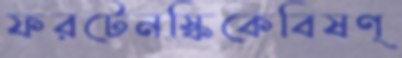
ফরটেনস্কিকেবিষণ্